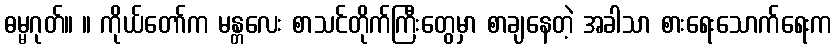
ဓမ္မဂုတ်။ ။ ကိုယ်တော်က မန္တလေး စာသင်တိုက်ကြီးတွေမှာ စာချနေတဲ့ အခါသာ စားရေးသောက်ရေးက